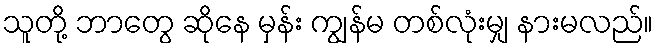
သူတို့ ဘာတွေ ဆိုနေ မှန်း ကျွန်မ တစ်လုံးမျှ နားမလည်။